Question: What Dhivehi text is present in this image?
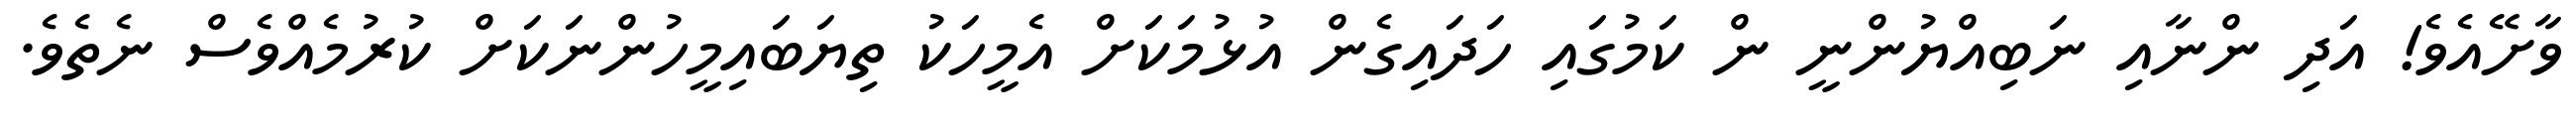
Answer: ވާށޭއެވެ! އަދި ންނާއި ނަބިއްޔުންނީ ން ކަމުގައި ހަދައިގެން އުޅުމަކަށް އެމީހަކު ތިޔަބައިމީހުންނަކަށް ކުރުމެއްވެސް ނެތެވެ.